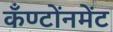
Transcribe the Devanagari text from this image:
कँण्टोंनमेंट